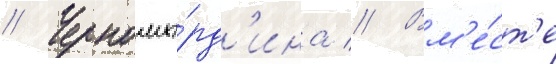
// Черномы́рд'ина // Вм'е́ст'е